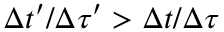
\Delta t ^ { \prime } / \Delta \tau ^ { \prime } > \Delta t / \Delta \tau